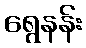
ရွေနန်း